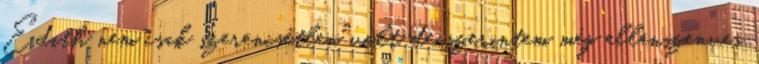
Edith nem csak szerencsétlen volt, de szerintem még ellenszenves